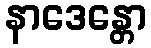
နာဒေန္တော